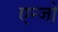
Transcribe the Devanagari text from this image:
एन्जो